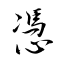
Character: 憑